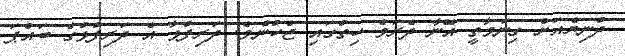
ދުނިޔެއަށް ގިނަވާތީ އޭނާ ދެރަވެ ހިތުގައި ޖެހުނެވެ. ދަރިފުޅާ އެ ދަރިފުޅުގެ ބައްޕަ